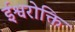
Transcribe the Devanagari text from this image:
ईश्वरोक्ति